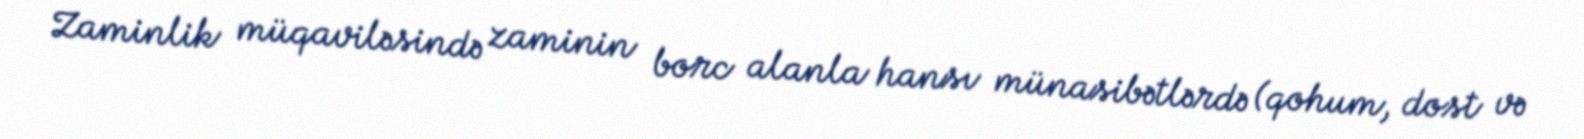
Zaminlik müqaviləsində zaminin borc alanla hansı münasibətlərdə (qohum, dost və